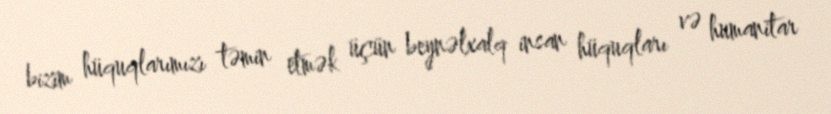
bizim hüquqlarımızı təmin etmək üçün beynəlxalq insan hüquqları və humanitar